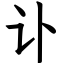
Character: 讣